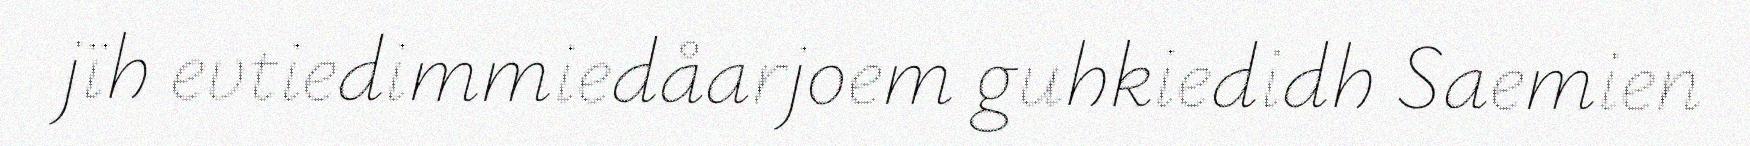
jïh evtiedimmiedåarjoem guhkiedidh Saemien